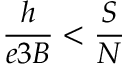
\frac { h } { e 3 B } < \frac { S } { N }